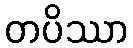
တပိဿာ